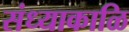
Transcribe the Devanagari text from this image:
संध्याकाळि